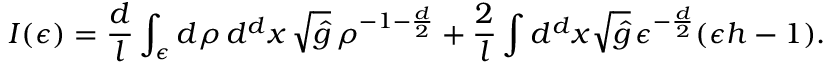
I ( \epsilon ) = \frac { d } l \int _ { \epsilon } d \rho \, d ^ { d } x \, \sqrt { \hat { g } } \, \rho ^ { - 1 - \frac { d } 2 } + \frac 2 l \int d ^ { d } x \sqrt { \hat { g } } \, \epsilon ^ { - \frac { d } 2 } ( \epsilon h - 1 ) .